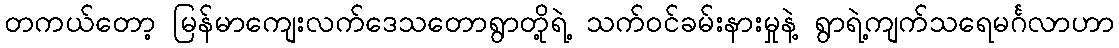
တကယ်တော့ မြန်မာကျေးလက်ဒေသတောရွာတို့ရဲ့ သက်ဝင်ခမ်းနားမှုနဲ့ ရွာရဲ့ကျက်သရေမင်္ဂလာဟာ